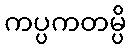
ကပ္ပကတမ္ပိ